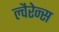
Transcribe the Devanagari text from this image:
ल्वैरेन्स